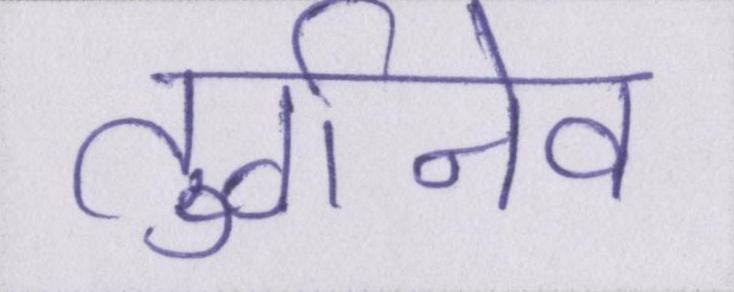
तुर्गनेव